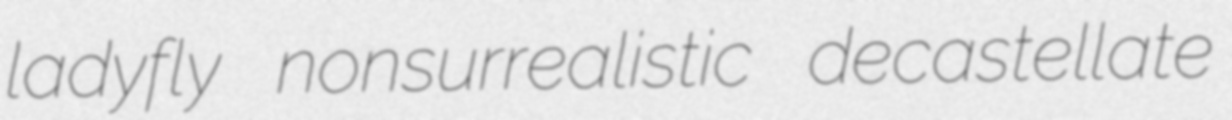
ladyfly nonsurrealistic decastellate